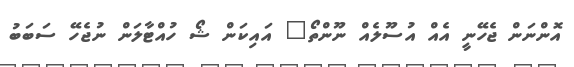
އޮންނަން ޖެހޭނީ އެއް އުސޫލެއް ނޫންތޯ" އައިކަން ޝޯ ހުއްޓާލަން ނުޖެހޭ ސަބަބު